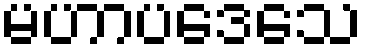
မဟာပဒေသေ